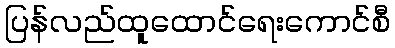
ပြန်လည်ထူထောင်ရေးကောင်စီ